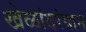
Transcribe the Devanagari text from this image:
खेळांदरंयान